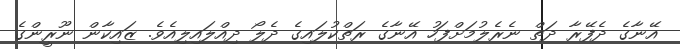
އޭނާގެ ދެފޭރާ ދަތް ނެރެލުމަށްފަހު އޭނާގެ ރަތްކުލައިގެ ދެލޯ ދިއްލައިލިއެވެ. ޒައިކާން ނޫރީންގެ